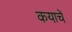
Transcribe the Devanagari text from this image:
कयाचें